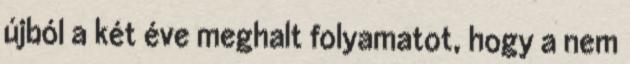
újból a két éve meghalt folyamatot, hogy a nem